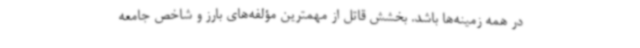
در همه زمینه‌ها باشد. بخشش قاتل از مهمترین مؤلفه‌های بارز و شاخص جامعه